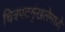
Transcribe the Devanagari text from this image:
चित्रपटशृंखलेमध्ये